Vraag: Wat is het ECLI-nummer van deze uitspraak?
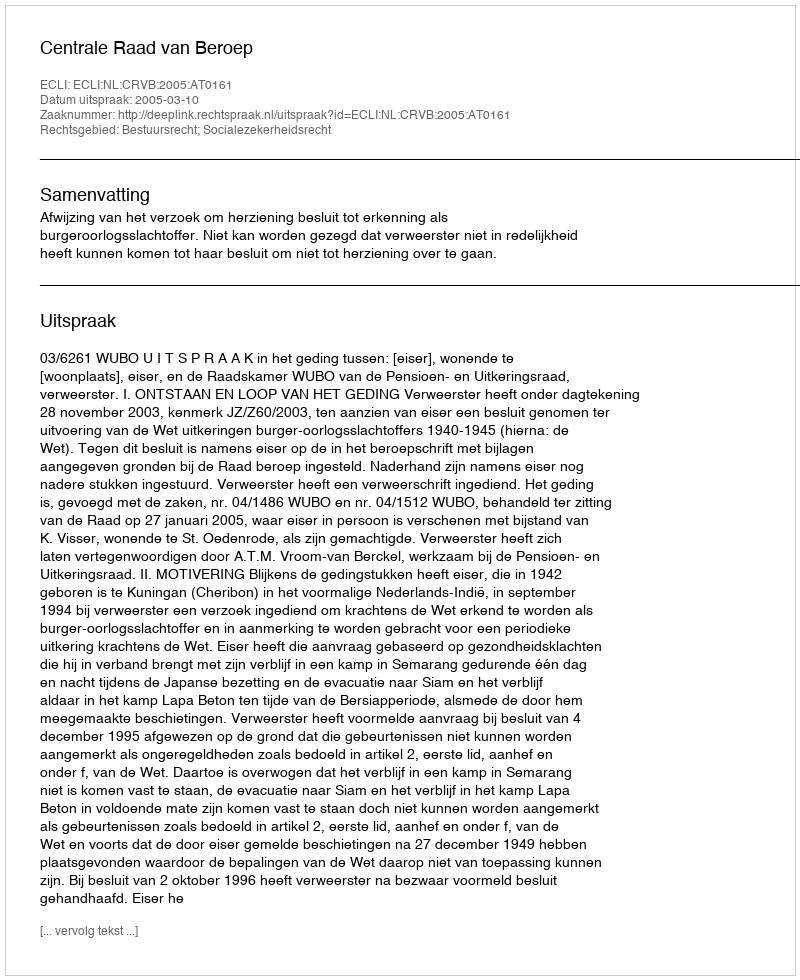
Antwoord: ECLI:NL:CRVB:2005:AT0161